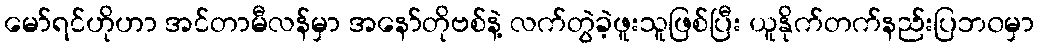
မော်ရင်ဟိုဟာ အင်တာမီလန်မှာ အနော်တိုဗစ်နဲ့ လက်တွဲခဲ့ဖူးသူဖြစ်ပြီး ယူနိုက်တက်နည်းပြဘ၀မှာ